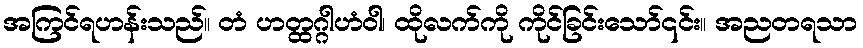
အကြင်ရဟန်းသည်။ တံ ဟတ္ထဂ္ဂါဟံဝါ၊ ထိုလက်ကို ကိုင်ခြင်းသော်၎င်း။ အညတရသာ